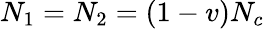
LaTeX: N_{1}=N_{2}=(1-v)N_{c}